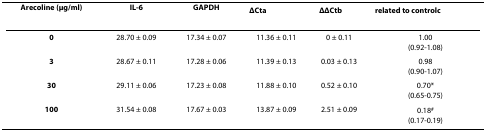
<table><thead><tr><td><b>Arecoline (μg/ml)</b></td><td><b>IL-6</b></td><td><b>GAPDH</b></td><td><b>ΔCt<sup>a</sup></b></td><td><b>ΔΔCt<sup>b</sup></b></td><td><b>related to control<sup>c</sup></b></td></tr></thead><tbody><tr><td><b>0</b></td><td>28.70 ± 0.09</td><td>17.34 ± 0.07</td><td>11.36 ± 0.11</td><td>0 ± 0.11</td><td>1.00(0.92-1.08)</td></tr><tr><td><b>3</b></td><td>28.67 ± 0.11</td><td>17.28 ± 0.06</td><td>11.39 ± 0.13</td><td>0.03 ± 0.13</td><td>0.98(0.90-1.07)</td></tr><tr><td><b>30</b></td><td>29.11 ± 0.06</td><td>17.23 ± 0.08</td><td>11.88 ± 0.10</td><td>0.52 ± 0.10</td><td>0.70*(0.65-0.75)</td></tr><tr><td><b>100</b></td><td>31.54 ± 0.08</td><td>17.67 ± 0.03</td><td>13.87 ± 0.09</td><td>2.51 ± 0.09</td><td>0.18<sup>#</sup>(0.17-0.19)</td></tr></tbody></table>